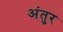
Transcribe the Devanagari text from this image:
अंतुर